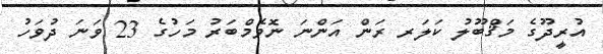
އުރީދޫގެ މަޤްބޫލު ކަލަރ ރަން އަންނަ ނޮވެމްބަރު މަހުގެ 23 ވަނަ ދުވަހު